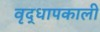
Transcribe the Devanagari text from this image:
वृद्धापकाली